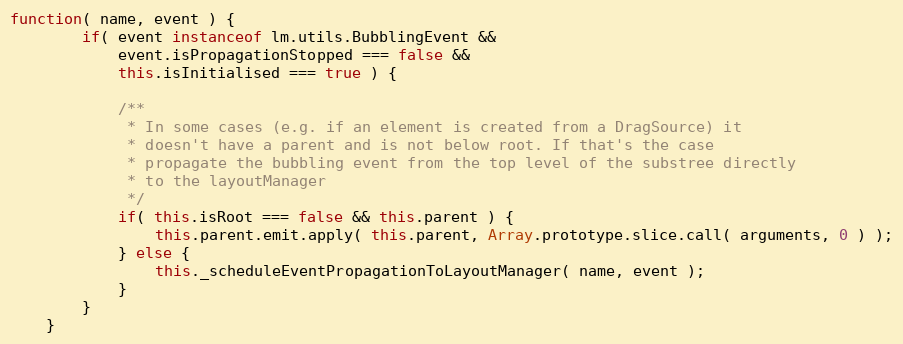
Language: JavaScript
function( name, event ) {
		if( event instanceof lm.utils.BubblingEvent &&
			event.isPropagationStopped === false &&
			this.isInitialised === true ) {

			/**
			 * In some cases (e.g. if an element is created from a DragSource) it
			 * doesn't have a parent and is not below root. If that's the case
			 * propagate the bubbling event from the top level of the substree directly
			 * to the layoutManager
			 */
			if( this.isRoot === false && this.parent ) {
				this.parent.emit.apply( this.parent, Array.prototype.slice.call( arguments, 0 ) );
			} else {
				this._scheduleEventPropagationToLayoutManager( name, event );
			}
		}
	}